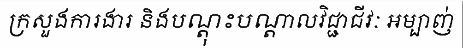
ក្រសួងការងារ និងបណ្តុះបណ្តាលវិជ្ជាជីវៈ អម្បាញ់